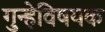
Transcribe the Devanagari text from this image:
गुन्हेविषयक